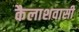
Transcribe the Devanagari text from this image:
कैलाशवासी